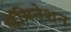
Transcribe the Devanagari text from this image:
लॅमिनेशन